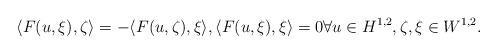
LaTeX: \begin{align*}\langle F(u,\xi),\zeta\rangle=-\langle F(u,\zeta),\xi\rangle, \langle F(u,\xi),\xi\rangle=0\forall u \in H^{1,2}, \zeta,\xi \in W^{1,2}.\end{align*}